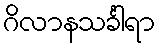
ဂိလာနသင်္ခါရာ